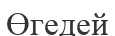
Өгедей